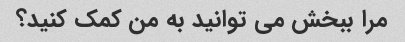
مرا ببخش می توانید به من کمک کنید؟